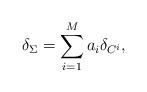
LaTeX: \begin{align*}\delta_{\Sigma}=\sum_{i=1}^M a_i \delta_{C^i},\end{align*}